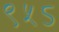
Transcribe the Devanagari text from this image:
९५ऽ